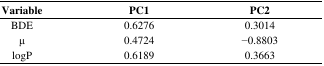
| Variable | PC1 | PC2 |
 | --- | --- | --- |
 | BDE | 0.6276 | 0.3014 |
 | μ | 0.4724 | −0.8803 |
 | logP | 0.6189 | 0.3663 |